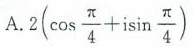
A. 2 ( \cos \frac{\pi}{4} + i \sin \frac{\pi}{4})